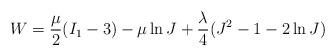
LaTeX: \begin{align*} W=\frac{\mu}{2}(I_1-3)-\mu \ln J + \frac{\lambda}{4}(J^2-1-2\ln J) \end{align*}